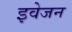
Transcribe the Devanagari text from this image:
इवेजन